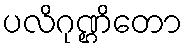
ပလိဂုဏ္ဌိတော